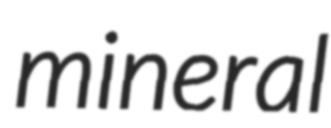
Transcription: mineral